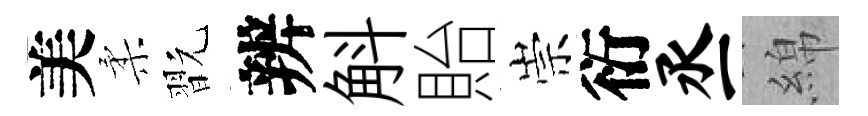
美柔翫辨斛貽崇衍丞綿